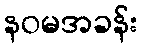
နဝမအခန်း